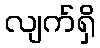
လျက်ရှိ